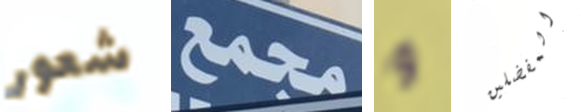
شعور مجمع و المفضلين